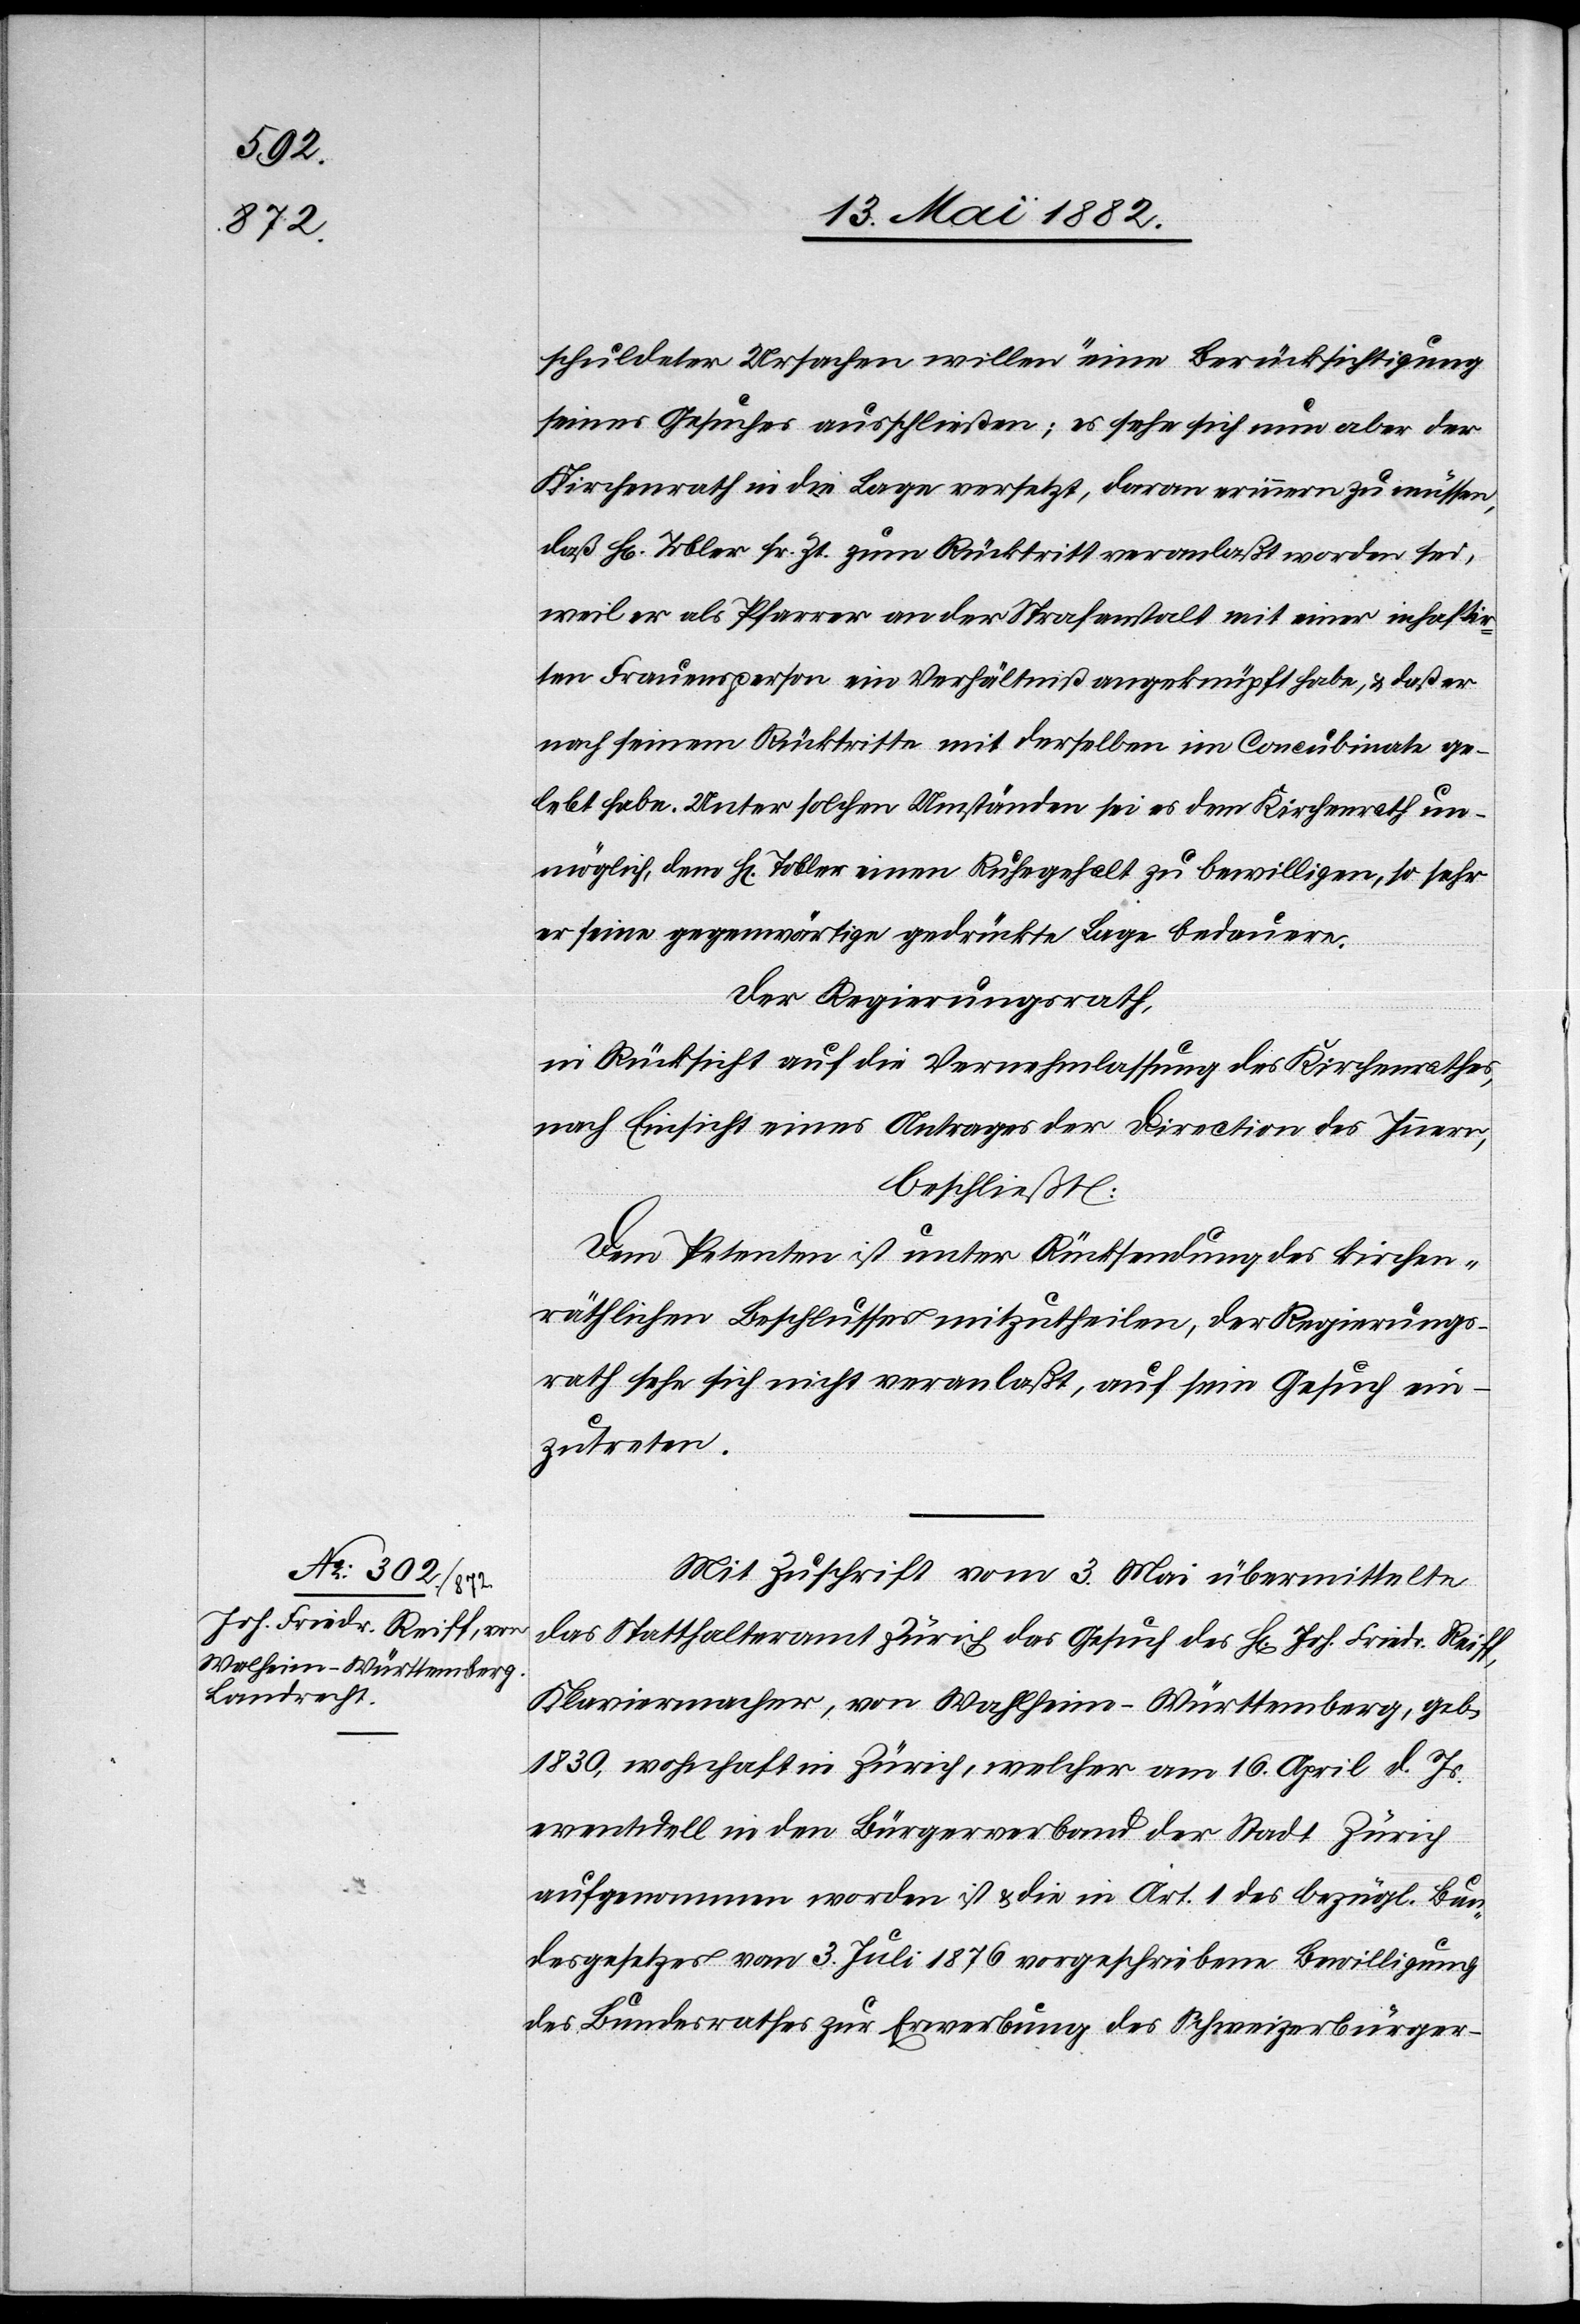
schuldeter Ursachen willen“ eine Berücksichtigung
seines Gesuches ausschließen; es sehe sich nun aber der
Kirchenrath in die Lage versetzt, daran erinnern zu müssen,
daß Hr. Tobler sr. Zt. zum Rücktritt veranlaßt worden sei,
weil er als Pfarrer an der Strafanstalt mit einer inhaftir¬
ten Frauensperson ein Verhältniß angeknüpft habe, & daß er
nach seinem Rücktritte mit derselben im Concubinate ge¬
lebt habe. Unter solchen Umständen sei es dem Kirchenrath un¬
möglich, dem H[rn]. Tobler einen Ruhegehalt zu bewilligen, so sehr
er seine gegenwärtige gedrückte Lage bedauere.
Der Regierungsrath,
in Rücksicht auf die Vernehmlassung des Kirchenrathes,
nach Einsicht eines Antrages der Direction des Innern,
beschließt:
Dem Petenten ist unter Rücksendung des kirchen¬
räthlichen Beschlusses mitzutheilen, der Regierungs¬
rath sehe sich nicht veranlaßt, auf sein Gesuch ein¬
zutreten.
Mit Zuschrift vom 3. Mai übermittelte
das Statthalteramt Zürich das Gesuch des H[rn]. Joh. Friedr. Reiff,
Klaviermacher, von Walheim - Württemberg, geb.
1830, wohnhaft in Zürich, welcher am 16. April d. Js.
Eventuell in den Bürgerverband der Stadt Zürich
aufgenommen worden ist & die in Art. 1 des bezügl. Bun¬
desgesetzes vom 3. Juli 1876 vorgeschriebene Bewilligung
des Bundesrathes zur Erwerbung des Schweizerbürger-